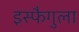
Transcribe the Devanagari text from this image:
इस्फैगुला